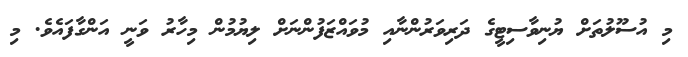
މި އުސޫލުތަށް ޔުނިވާސިޓީގެ ދަރިވަރުންނާއި މުވައްޒަފުންނަށް ލިޔުމުން މިހާރު ވަނީ އަންގާފައެވެ. މި